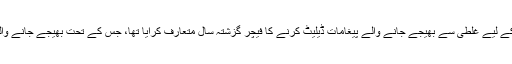
خیال رہے کہ واٹس ایپ نے دنیا بھر میں صارفین کے لیے غلطی سے بھیجے جانے والے پیغامات ڈیلیٹ کرنے کا فیچر گزشتہ سال متعارف کرایا تھا، جس کے تحت بھیجے جانے والے پیغام کو سات منٹ کے اندر ڈیلیٹ کرنا ہوتا ہے۔